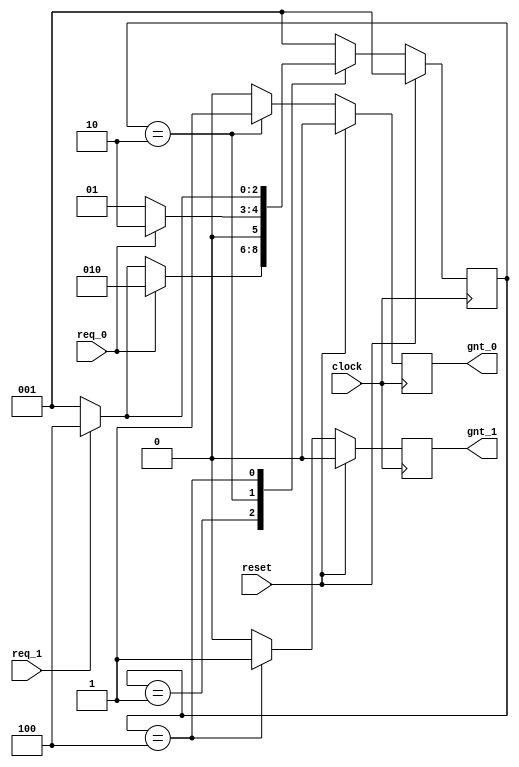
module test #(parameter DELAY_RISE = 0, DELAY_FALL = 0, DELAY_Z = 0)
            (input clock, input reset, input req_0, input req_1, output gnt_0, output gnt_1);
    parameter SIZE = 3;
    parameter IDLE = 3'b001, GNT0 = 3'b010, GNT1 = 3'b100;
    reg [SIZE-1:0] state;
    reg [SIZE-1:0] next_state;
    reg gnt_0, gnt_1;

    always @ (state or req_0 or req_1)
    begin : FSM_COMBO
        next_state = 3'b000;
        case (state)
        IDLE : if (req_0 == 1'b1) begin
                    next_state = #(DELAY_RISE * 2) GNT0;
                end else if (req_1 == 1'b1) begin
                    next_state = #(DELAY_RISE * 2.5) GNT1;
                end else begin
                    next_state = #(DELAY_RISE * 2.5: DELAY_FALL: DELAY_Z) IDLE;
                end
        GNT0 : if (req_0 == 1'b1) begin
                    #(DELAY_RISE) next_state = GNT0;
                end else begin
                    #DELAY_RISE next_state = IDLE;
                end
        GNT1 : if (req_1 == 1'b1) begin
                    #10 next_state = GNT1;
                end else begin
                    #(10) next_state = IDLE;
                end
        default : next_state = IDLE;
        endcase
    end

    always @ (posedge clock)
    begin : FSM_SEQ
        if (reset == 1'b1) begin
            #3 state <= IDLE;
        end else begin
            #(1) state <= next_state;
        end
    end

    always @ (posedge clock)
    begin : FSM_OUTPUT
        if (reset == 1'b1) begin
            gnt_0 <= #(DELAY_RISE: DELAY_FALL: DELAY_Z) 1'b0;
            gnt_1 <= #1 1'b0;
        end else begin
            case (state)
            IDLE : begin
                        gnt_0 <= #(DELAY_RISE: DELAY_FALL: DELAY_Z) 1'b0;
                        gnt_1 <= #1 1'b0;
                    end
            GNT0 : begin
                        gnt_0 <= #(DELAY_RISE) 1'b1;
                        gnt_1 <= #1 1'b0;
                    end
            GNT1 : begin
                        gnt_0 <= #(DELAY_RISE) 1'b0;
                        gnt_1 <= #1 1'b1;
                    end
            default : begin
                        gnt_0 <= 1'b0;
                        gnt_1 <= 1'b0;
                    end
            endcase
        end
    end
endmodule